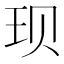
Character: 𫞥